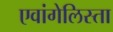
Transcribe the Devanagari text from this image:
एवांगेलिस्ता